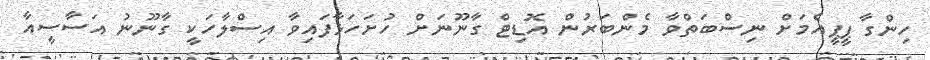
ހިންގާ ޕީޕީއެމަށް ނިސްބަތްވާ މެންބަރުން އޮޑިޓް ގާނޫނަށް ހުށަހަޅާފައިވާ އިސްލާހަކީ ގާނޫނު އަސާސީއާ